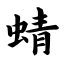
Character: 蜻